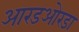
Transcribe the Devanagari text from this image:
आरडओरडा